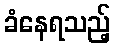
ခံနေရသည့်